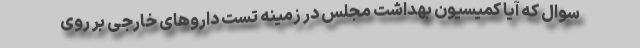
سوال که آیا کمیسیون بهداشت مجلس در زمینه تست دارو‌های خارجی بر روی